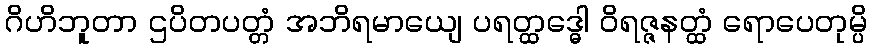
ဂိဟိဘူတာ ဌပိတပတ္တံ အဘိရမာယျေ ပရတ္ထဒ္ဓေါ ဝိရဇ္ဇနတ္ထံ ရောပေတုမ္ပိ